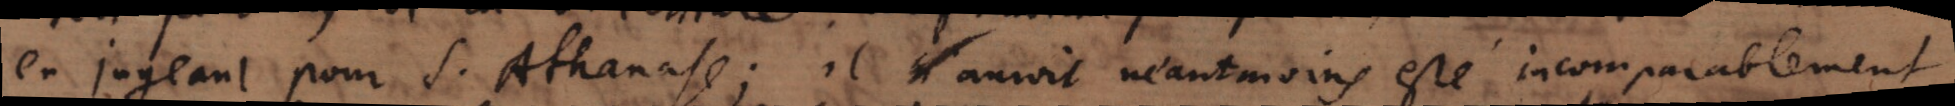
en jugeant pour S. Athanase,il auroit néanmoins esté incomparablement